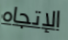
الإتجاه